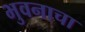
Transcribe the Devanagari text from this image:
भुवनाचा